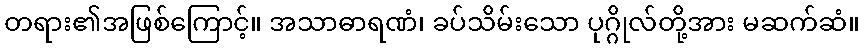
တရား၏အဖြစ်ကြောင့်။ အသာဓာရဏံ၊ ခပ်သိမ်းသော ပုဂ္ဂိုလ်တို့အား မဆက်ဆံ။